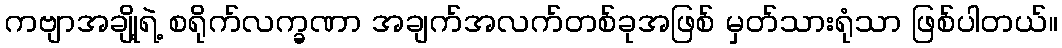
ကဗျာအချို့ရဲ့ စရိုက်လက္ခဏာ အချက်အလက်တစ်ခုအဖြစ် မှတ်သားရုံသာ ဖြစ်ပါတယ်။